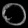
Digit: ၀